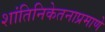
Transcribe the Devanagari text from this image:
शांतिनिकेतनाप्रमाणे